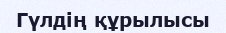
Гүлдің құрылысы